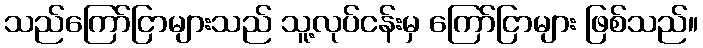
သည်ကြော်ငြာများသည် သူ့လုပ်ငန်းမှ ကြော်ငြာများ ဖြစ်သည်။